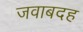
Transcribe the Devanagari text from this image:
जवाबदह